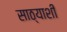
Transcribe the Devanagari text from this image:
साठ्याशी